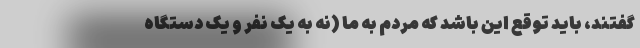
گفتند، باید توقع این باشد که مردم به ما (نه به یک نفر و یک دستگاه